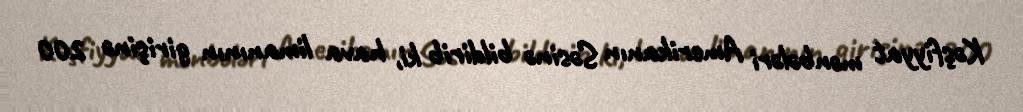
Kəşfiyyat mənbələri Amerikanın Səsinə bildirib ki, hava limanının girişinə 200